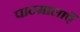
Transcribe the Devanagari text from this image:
पाठमालाएँ